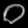
Digit: ၀